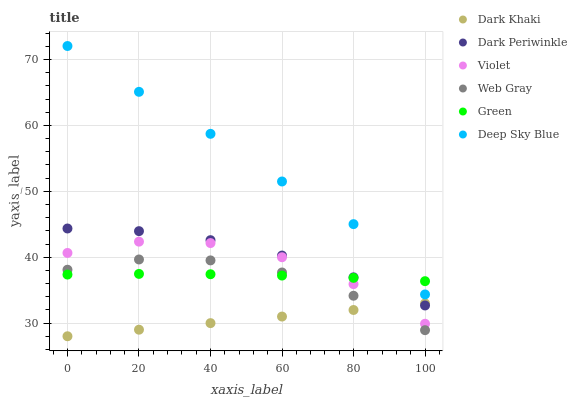
| xaxis_label | Dark Khaki | Dark Periwinkle | Violet | Web Gray | Green | Deep Sky Blue |
 | --- | --- | --- | --- | --- | --- | --- |
 | 0 | 28 | 44.4 | 40.6 | 38.1 | 37.4 | 72.1 |
 | 20 | 29 | 44 | 42.4 | 39.7 | 37.5 | 65.1 |
 | 40 | 30 | 42.6 | 42.1 | 39.5 | 37.4 | 58.7 |
 | 60 | 31 | 40.2 | 40 | 37.7 | 37.2 | 51.5 |
 | 80 | 32 | 36.9 | 35.9 | 34.1 | 36.9 | 45 |
 | 100 | 33 | 32.7 | 29.9 | 28.9 | 36.4 | 34.3 |